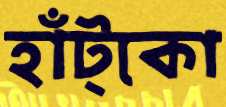
হাঁট্‌কো